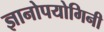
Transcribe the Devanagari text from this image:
ज्ञानोपयोगिनी